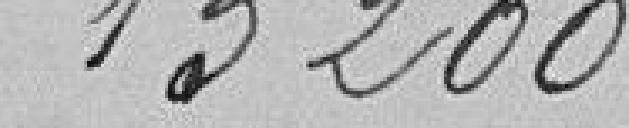
13200